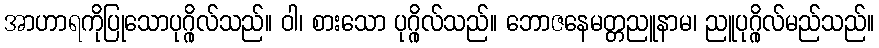
အာဟာရကိုပြုသောပုဂ္ဂိုလ်သည်။ ဝါ၊ စားသော ပုဂ္ဂိုလ်သည်။ ဘောဇနေမတ္တညူနာမ၊ ညူပုဂ္ဂိုလ်မည်သည်။